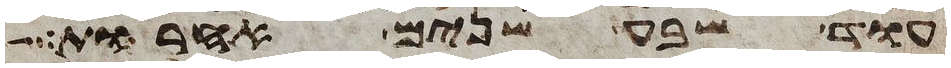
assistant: עוד שבע שנים אחרות